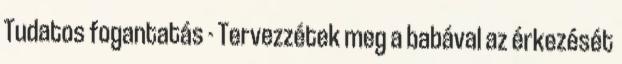
Tudatos fogantatás - Tervezzétek meg a babával az érkezését